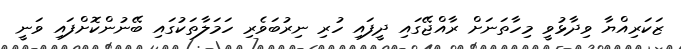
ޒަކަރިއްޔާ ވިދާޅުވީ މިހާތަނަށް ރާއްޖޭގައި ދީފައި ހުރި ނިރުބަވެރި ހަމަލާތަކުގައި ބޭނުންކޮށްފައި ވަނީ